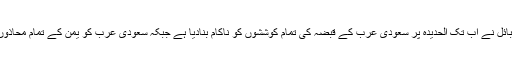
البخیتی نے کہا کہ یمنی فورسز اور قبائل نے اب تک الحدیدہ پر سعودی عرب کے قبضہ کی تمام کوششوں کو ناکام بنادیا ہے جبکہ سعودی عرب کو یمن کے تمام محاذوں پر شکست اور ناکامی کا سامنا ہے۔